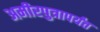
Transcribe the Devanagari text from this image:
अमीरपुत्रापर्यंत